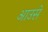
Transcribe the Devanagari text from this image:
आउसे